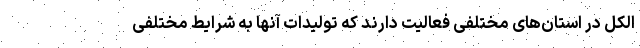
الکل در استان‌های مختلفی فعالیت دارند که تولیدات آنها به شرایط مختلفی